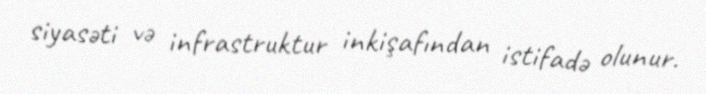
siyasəti və infrastruktur inkişafından istifadə olunur.